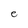
Character: e